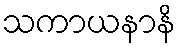
သကာယနာနိ